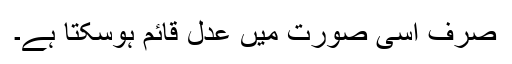
صرف اسی صورت میں عدل قائم ہوسکتا ہے۔